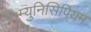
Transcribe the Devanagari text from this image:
म्युनिसिपियम